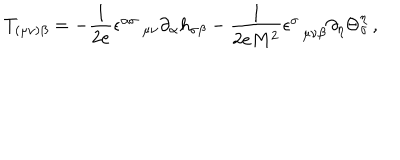
T _ { ( \mu \nu ) \beta } = - \frac { 1 } { 2 e } \epsilon _ { \, \, \, \, \, \, \, \mu \nu } ^ { \alpha \sigma } \partial _ { \alpha } h _ { \sigma \beta } - \frac { 1 } { 2 e M ^ { 2 } } \epsilon _ { \, \, \, \, \mu \nu \beta } ^ { \sigma } \partial _ { \eta } \Theta _ { \sigma } ^ { \eta } \, ,